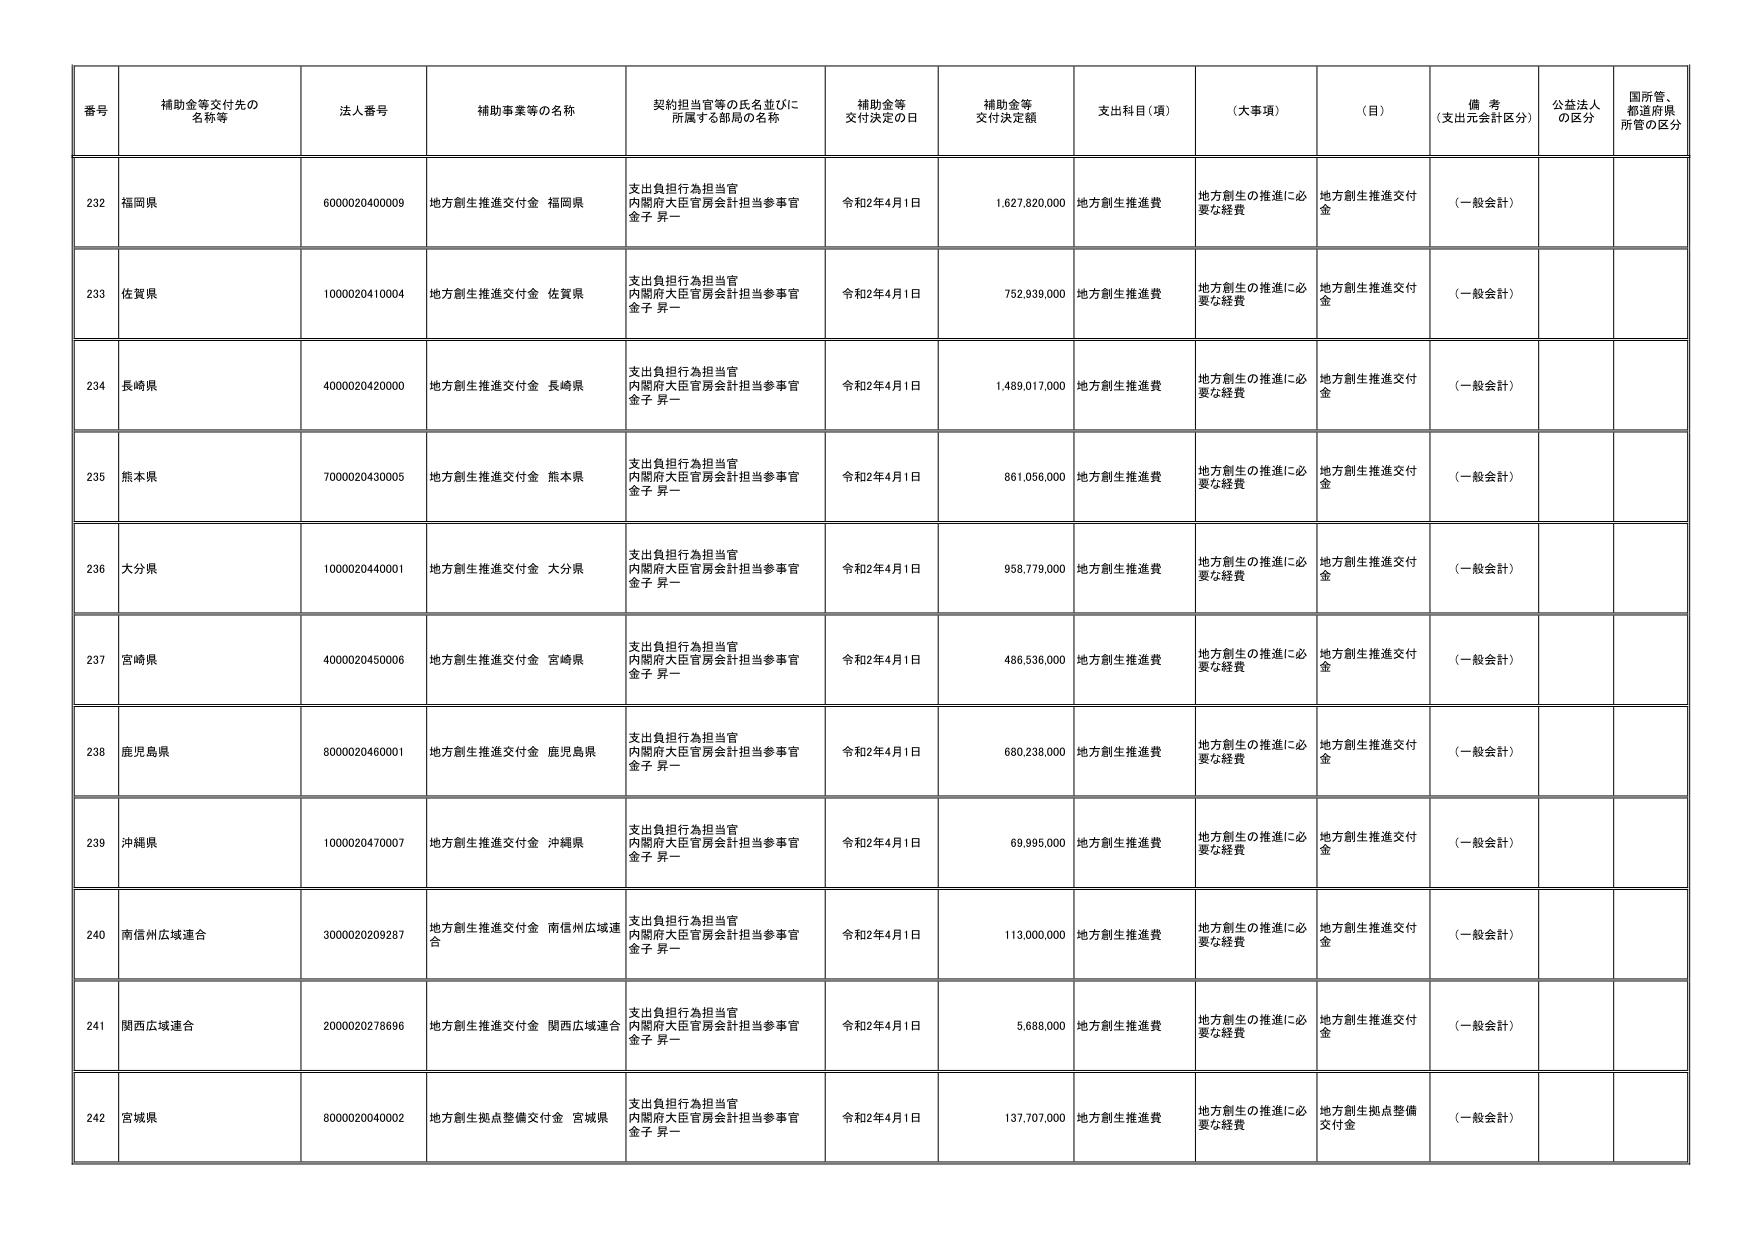
番号 補助金等交付先の名称等 法人番号 補助事業等の名称 契約担当官等の氏名並びに所属する部局の名称 補助金等交付決定の日 補助金等交付決定額 支出科目（項） （大事項） （目） 備考（支出元会計区分） 公益法人の区分 国所管、都道府県所管の区分
232 福岡県 6000020400009 地方創生推進交付金 福岡県 支出負担行為担当官 内閣府大臣官房会計担当参事官 金子 昇一 令和2年4月1日 1,627,820,000 地方創生推進費 地方創生の推進に必要な経費 地方創生推進交付金 （一般会計）
233 佐賀県 1000020410004 地方創生推進交付金 佐賀県 支出負担行為担当官 内閣府大臣官房会計担当参事官 金子 昇一 令和2年4月1日 752,939,000 地方創生推進費 地方創生の推進に必要な経費 地方創生推進交付金 （一般会計）
234 長崎県 4000020420000 地方創生推進交付金 長崎県 支出負担行為担当官 内閣府大臣官房会計担当参事官 金子 昇一 令和2年4月1日 1,489,017,000 地方創生推進費 地方創生の推進に必要な経費 地方創生推進交付金 （一般会計）
235 熊本県 7000020430005 地方創生推進交付金 熊本県 支出負担行為担当官 内閣府大臣官房会計担当参事官 金子 昇一 令和2年4月1日 861,056,000 地方創生推進費 地方創生の推進に必要な経費 地方創生推進交付金 （一般会計）
236 大分県 1000020440001 地方創生推進交付金 大分県 支出負担行為担当官 内閣府大臣官房会計担当参事官 金子 昇一 令和2年4月1日 958,779,000 地方創生推進費 地方創生の推進に必要な経費 地方創生推進交付金 （一般会計）
237 宮崎県 4000020450006 地方創生推進交付金 宮崎県 支出負担行為担当官 内閣府大臣官房会計担当参事官 金子 昇一 令和2年4月1日 486,536,000 地方創生推進費 地方創生の推進に必要な経費 地方創生推進交付金 （一般会計）
238 鹿児島県 8000020460001 地方創生推進交付金 鹿児島県 支出負担行為担当官 内閣府大臣官房会計担当参事官 金子 昇一 令和2年4月1日 680,238,000 地方創生推進費 地方創生の推進に必要な経費 地方創生推進交付金 （一般会計）
239 沖縄県 1000020470007 地方創生推進交付金 沖縄県 支出負担行為担当官 内閣府大臣官房会計担当参事官 金子 昇一 令和2年4月1日 69,995,000 地方創生推進費 地方創生の推進に必要な経費 地方創生推進交付金 （一般会計）
240 南信州広域連合 3000020209287 地方創生推進交付金 南信州広域連合 支出負担行為担当官 内閣府大臣官房会計担当参事官 金子 昇一 令和2年4月1日 113,000,000 地方創生推進費 地方創生の推進に必要な経費 地方創生推進交付金 （一般会計）
241 関西広域連合 2000020278696 地方創生推進交付金 関西広域連合 支出負担行為担当官 内閣府大臣官房会計担当参事官 金子 昇一 令和2年4月1日 5,688,000 地方創生推進費 地方創生の推進に必要な経費 地方創生推進交付金 （一般会計）
242 宮城県 8000020040002 地方創生拠点整備交付金 宮城県 支出負担行為担当官 内閣府大臣官房会計担当参事官 金子 昇一 令和2年4月1日 137,707,000 地方創生推進費 地方創生の推進に必要な経費 地方創生拠点整備交付金 （一般会計）